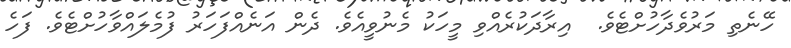
ހޭނެތި މަރުވެދާހުށްޓެވެ.  އިރާދަކުރެއްވި މީހަކު މެނުވީއެވެ. ދެން އަނެއްފަހަރު ފުމެލައްވާހުށްޓެވެ. ފަހެ